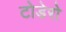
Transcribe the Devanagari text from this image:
टोडेरो